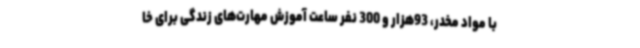
با مواد مخدر، 93هزار و 300 نفر ساعت آموزش مهارت‌های زندگی برای خا